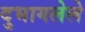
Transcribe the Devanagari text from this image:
दुभागलेले